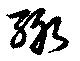
緅